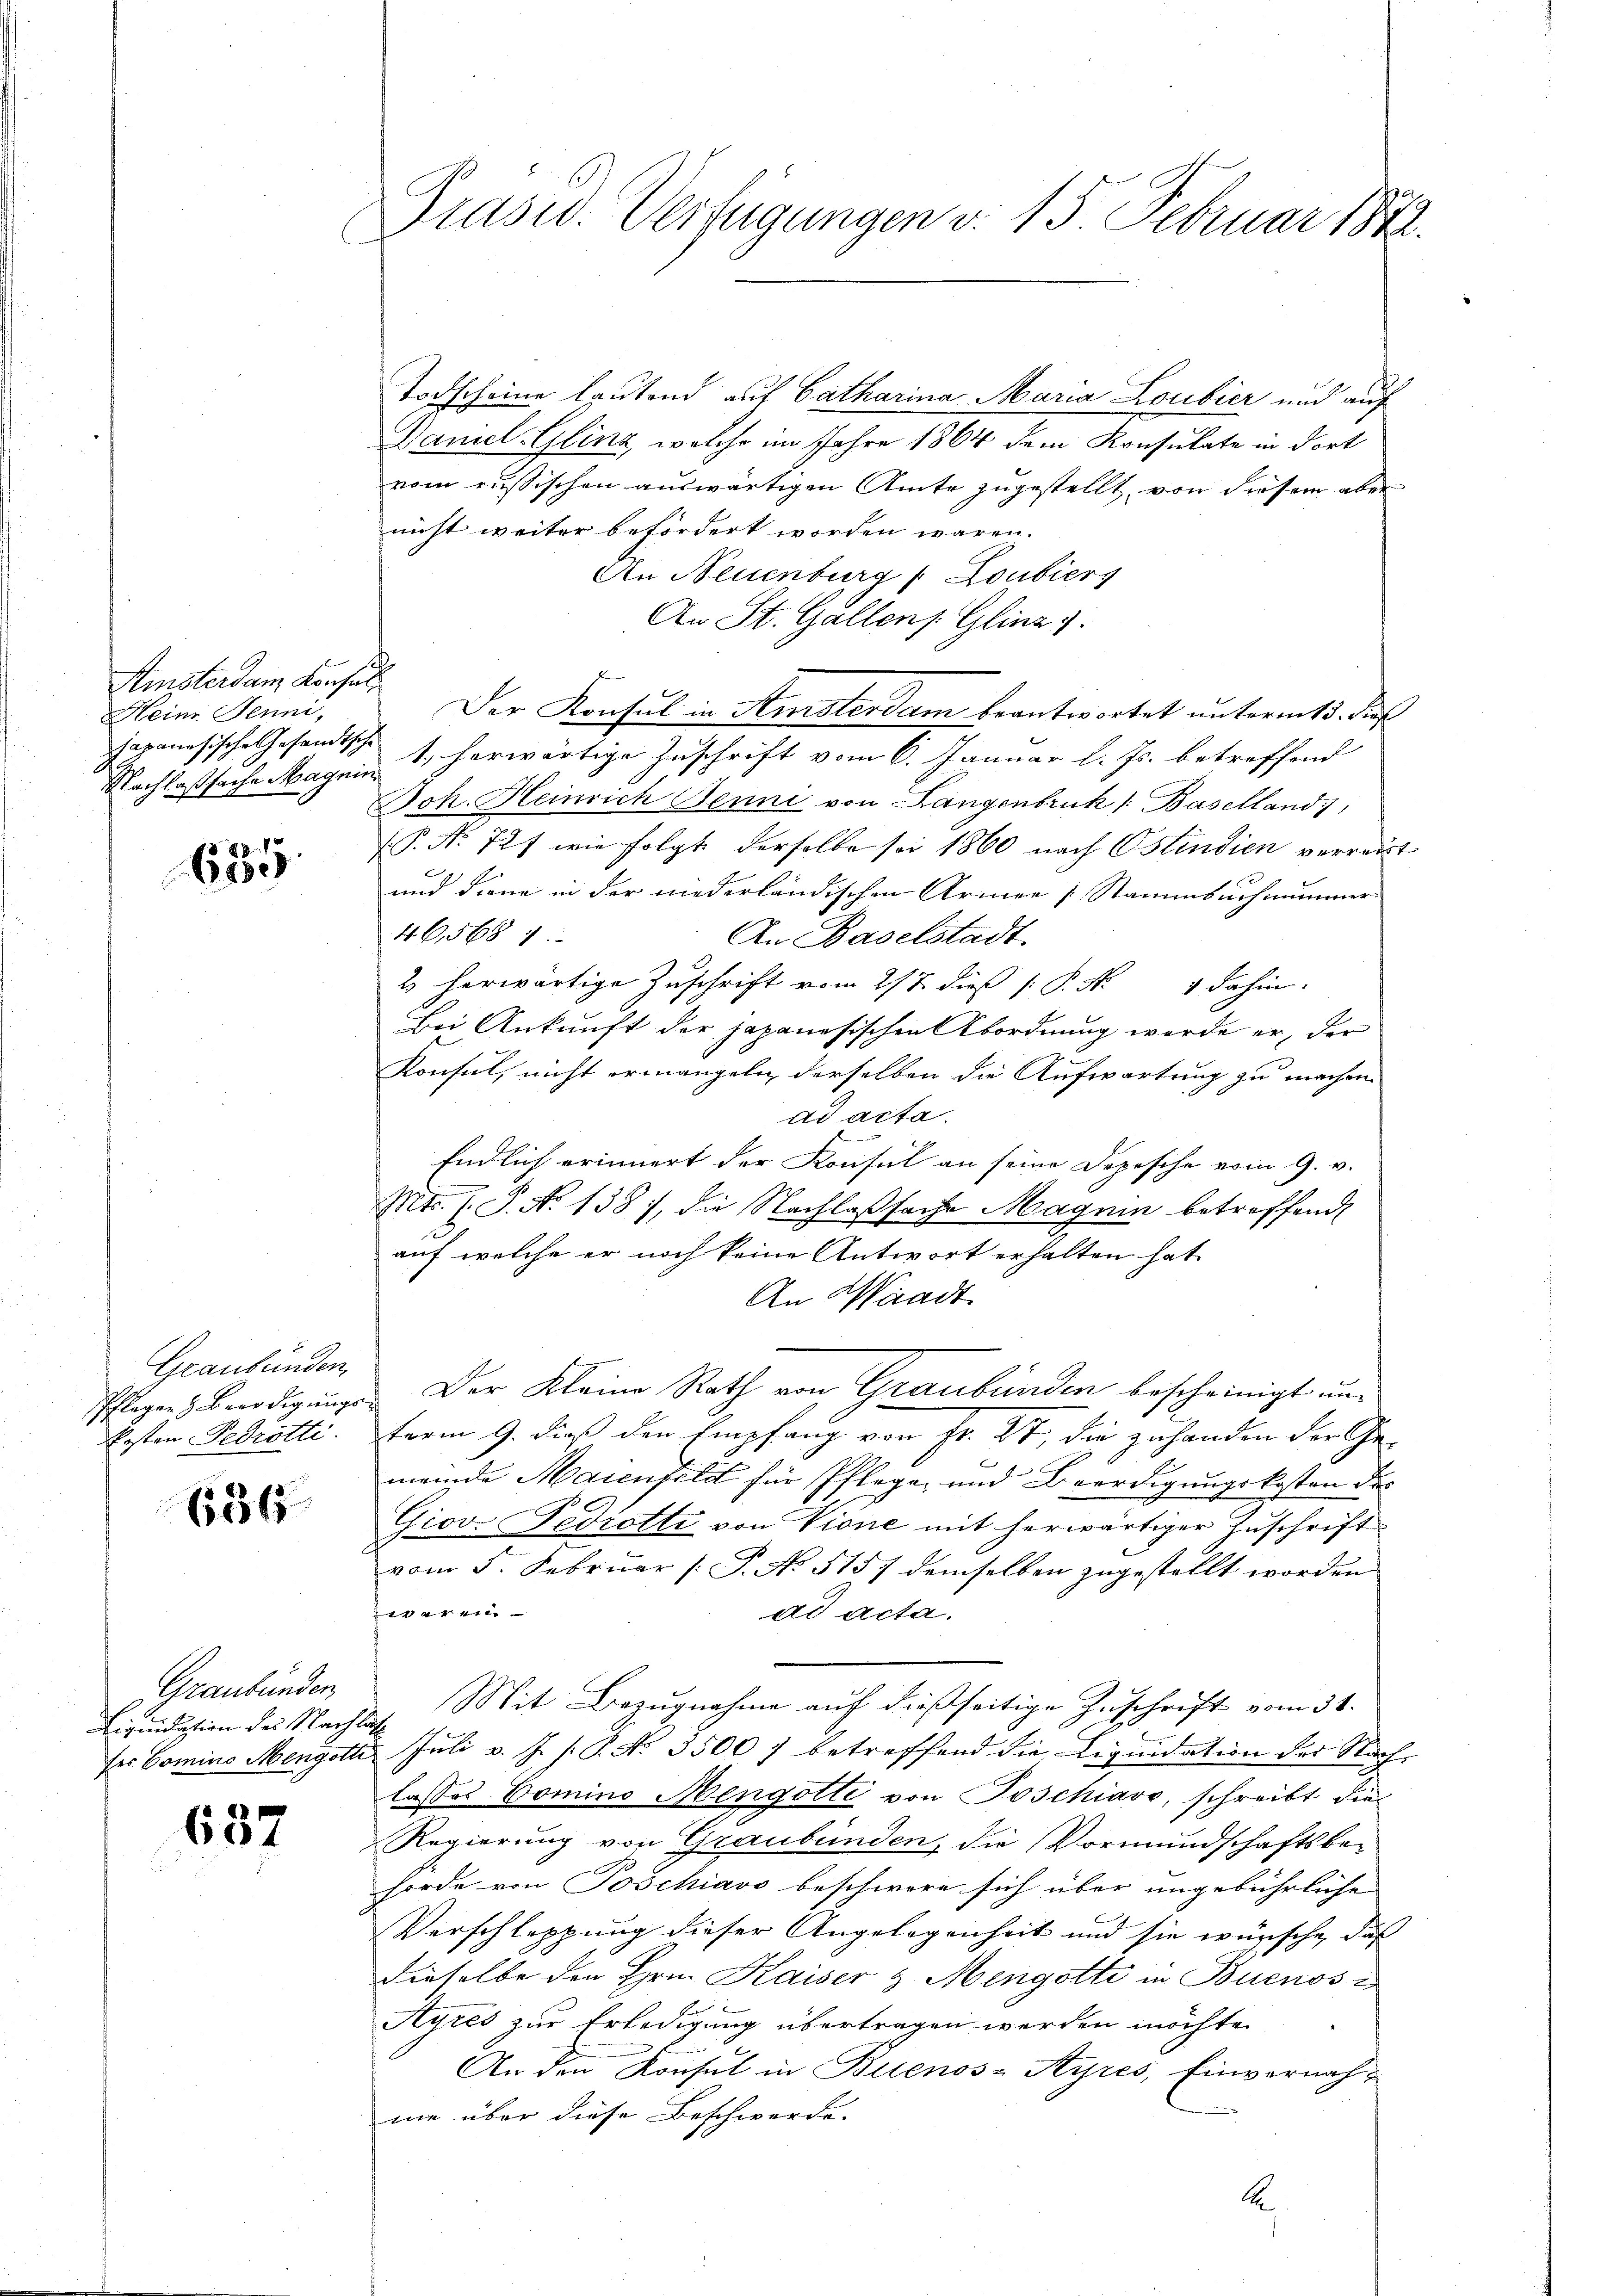
Ainsterdam Konsul
Heine Jenni,
Nachlaßsache Magnin

1889. 1
89

Graubünden.
Posten Febrotti

636

Graubünden
Liquidation des Nachlass

637

Prasw. Verfügungen d. 15. Februar 1872.

Todscheine lautend auf Catharina Maria Loubier und auf
Damel-Glinz, welche im Jahre 1864 dem Konsulate in dort
vom russischen auswärtigen Amte zugestellt, von diesem aber
nicht weiter befördert worden wären.
An Neuenburg (Loubiers
An St. Gallen Glinz
Der Konsul in Kursterdam beantwortet unterm 15. dies
japanesische Gesandtsch 1. herwärtige Zuschrift vom 6. Januar l. Js. betreffend
Joh. Heinrich Jenni von Langenbruk /: Baselland),
(P. Nr. 727 wie folgt derselbe sei 1860 nach Ostindien verreist
und diene in der niederländischen Armee [Stammbuchnammer
465687.
An Baselstadt.
2 herwärtige Zuschrift vom 27. dieß P. Nr. 4 dahin.
Bei Ankunft der japanesischen Abordnung werde er, der
Konsul, nicht ermangeln derselben die Aufwartung zu machen.
ad acta.
Endlich erinnert der Konsul an seine Depesche vom 9. v.
Mts. s. S. N. 138), die Nachlaßsache Magnin betreffend
auf welche er noch keine Antwort erhalten hat.
An Waadt
Pflegen & Beerdigungs- Der Kleine Rath von Graubünden bescheinigt unterm 9. dieß den Empfang von Fr. 27, die zuhanden der Ge-
meinde Maienfeld für Pflege und Beerdigungskosten des
Giov Fediotti von Vione mit herwärtiger Zuschrift
vom 5. Februar [P. No 5157 demselben zugestellt worden. |
11 444.
ad acta.
Mit Bezugnahme auf dießseitige Zuschrift vom 31.
ser Comino Mengott Juli v. J. P. No. 3500) betreffend die Liquidation der Nach-
lasses Comino Mengotte von Poschiavo, schreibt die
Regierung von Graubünden, die Vormundschaftsbe-
hörde von Poschiavo beschwere sich über ungebührlichen
Verschleppung dieser Angelegenheit und sie wünsche, daß
dieselbe den Hrn. Kaiser & Mengotti in Buenos
Ayres zur Erledigung übertragen werden möchte.
An den Konsul in Buenos-Ayres, Einvernahme über diese Beschwerde.

.